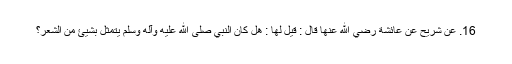
16. عَنْ شُرَيْحٍ عَنْ عَائِشَةَ رضي الله عنها قَالَ : قِيْلَ لَهَا : هَلْ کَانَ النَّبِيُّ صلی الله عليه وآله وسلم يَتَمَثَّلُ بِشَيئٍ مِنَ الشِّعْرِ؟